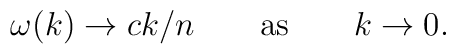
\omega(k) \to c k/n \qquad {\rm as} \qquad k \to 0.